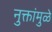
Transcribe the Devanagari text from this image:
नुक्तांमुळे